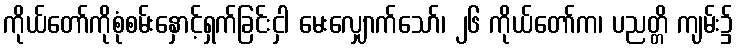
ကိုယ်တော်ကိုစုံစမ်းနှောင့်ရှက်ခြင်းငှါ မေးလျှောက်သော်၊ ၂၆ ကိုယ်တော်က၊ ပညတ္တိ ကျမ်း၌